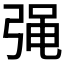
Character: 𭚷